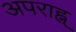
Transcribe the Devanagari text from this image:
अपराह्न्